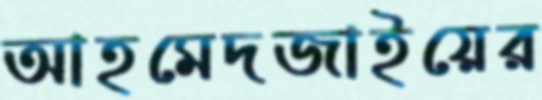
আহমেদজাইয়ের